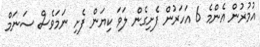
އުމުރުން އެންމެ 6 އަހަރުން ފެށިގެން ލަވަ ކިޔަން ފެށި ނަމަވެސް ސަނަމް